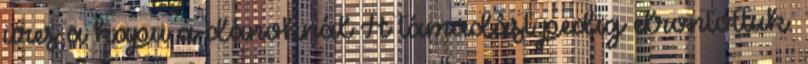
üres a kapu a dánoknál A támadást pedig elrontottuk.